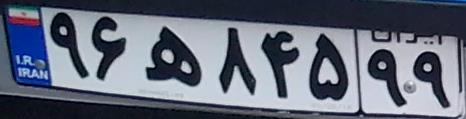
۹۶ه۸۴۵۹۹